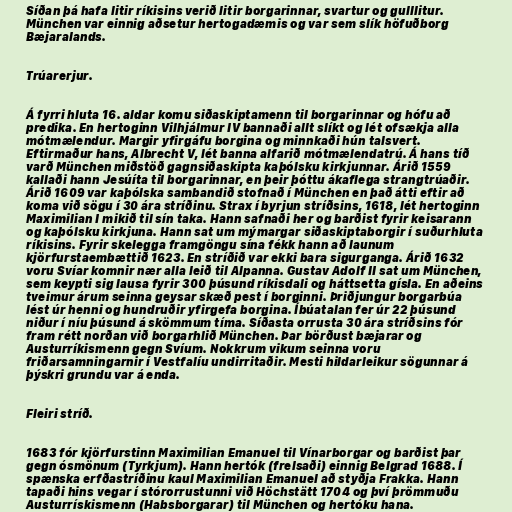
Síðan þá hafa litir ríkisins verið litir borgarinnar, svartur og gulllitur.
München var einnig aðsetur hertogadæmis og var sem slík höfuðborg
Bæjaralands.

Trúarerjur.

Á fyrri hluta 16. aldar komu siðaskiptamenn til borgarinnar og hófu að
predika. En hertoginn Vilhjálmur IV bannaði allt slíkt og lét ofsækja alla
mótmælendur. Margir yfirgáfu borgina og minnkaði hún talsvert.
Eftirmaður hans, Albrecht V, lét banna alfarið mótmælendatrú. Á hans tíð
varð München miðstöð gagnsiðaskipta kaþólsku kirkjunnar. Árið 1559
kallaði hann Jesúíta til borgarinnar, en þeir þóttu ákaflega strangtrúaðir.
Árið 1609 var kaþólska sambandið stofnað í München en það átti eftir að
koma við sögu í 30 ára stríðinu. Strax í byrjun stríðsins, 1618, lét hertoginn
Maximilian I mikið til sín taka. Hann safnaði her og barðist fyrir keisarann
og kaþólsku kirkjuna. Hann sat um mýmargar siðaskiptaborgir í suðurhluta
ríkisins. Fyrir skelegga framgöngu sína fékk hann að launum
kjörfurstaembættið 1623. En stríðið var ekki bara sigurganga. Árið 1632
voru Svíar komnir nær alla leið til Alpanna. Gustav Adolf II sat um München,
sem keypti sig lausa fyrir 300 þúsund ríkisdali og háttsetta gísla. En aðeins
tveimur árum seinna geysar skæð pest í borginni. Þriðjungur borgarbúa
lést úr henni og hundruðir yfirgefa borgina. Íbúatalan fer úr 22 þúsund
niður í níu þúsund á skömmum tíma. Síðasta orrusta 30 ára stríðsins fór
fram rétt norðan við borgarhlið München. Þar börðust bæjarar og
Austurríkismenn gegn Svíum. Nokkrum vikum seinna voru
friðarsamningarnir í Vestfalíu undirritaðir. Mesti hildarleikur sögunnar á
þýskri grundu var á enda.

Fleiri stríð.

1683 fór kjörfurstinn Maximilian Emanuel til Vínarborgar og barðist þar
gegn ósmönum (Tyrkjum). Hann hertók (frelsaði) einnig Belgrad 1688. Í
spænska erfðastríðinu kaul Maximilian Emanuel að styðja Frakka. Hann
tapaði hins vegar í stórorrustunni við Höchstätt 1704 og því þrömmuðu
Austurrískismenn (Habsborgarar) til München og hertóku hana.